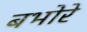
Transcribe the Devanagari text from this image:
बभोरे